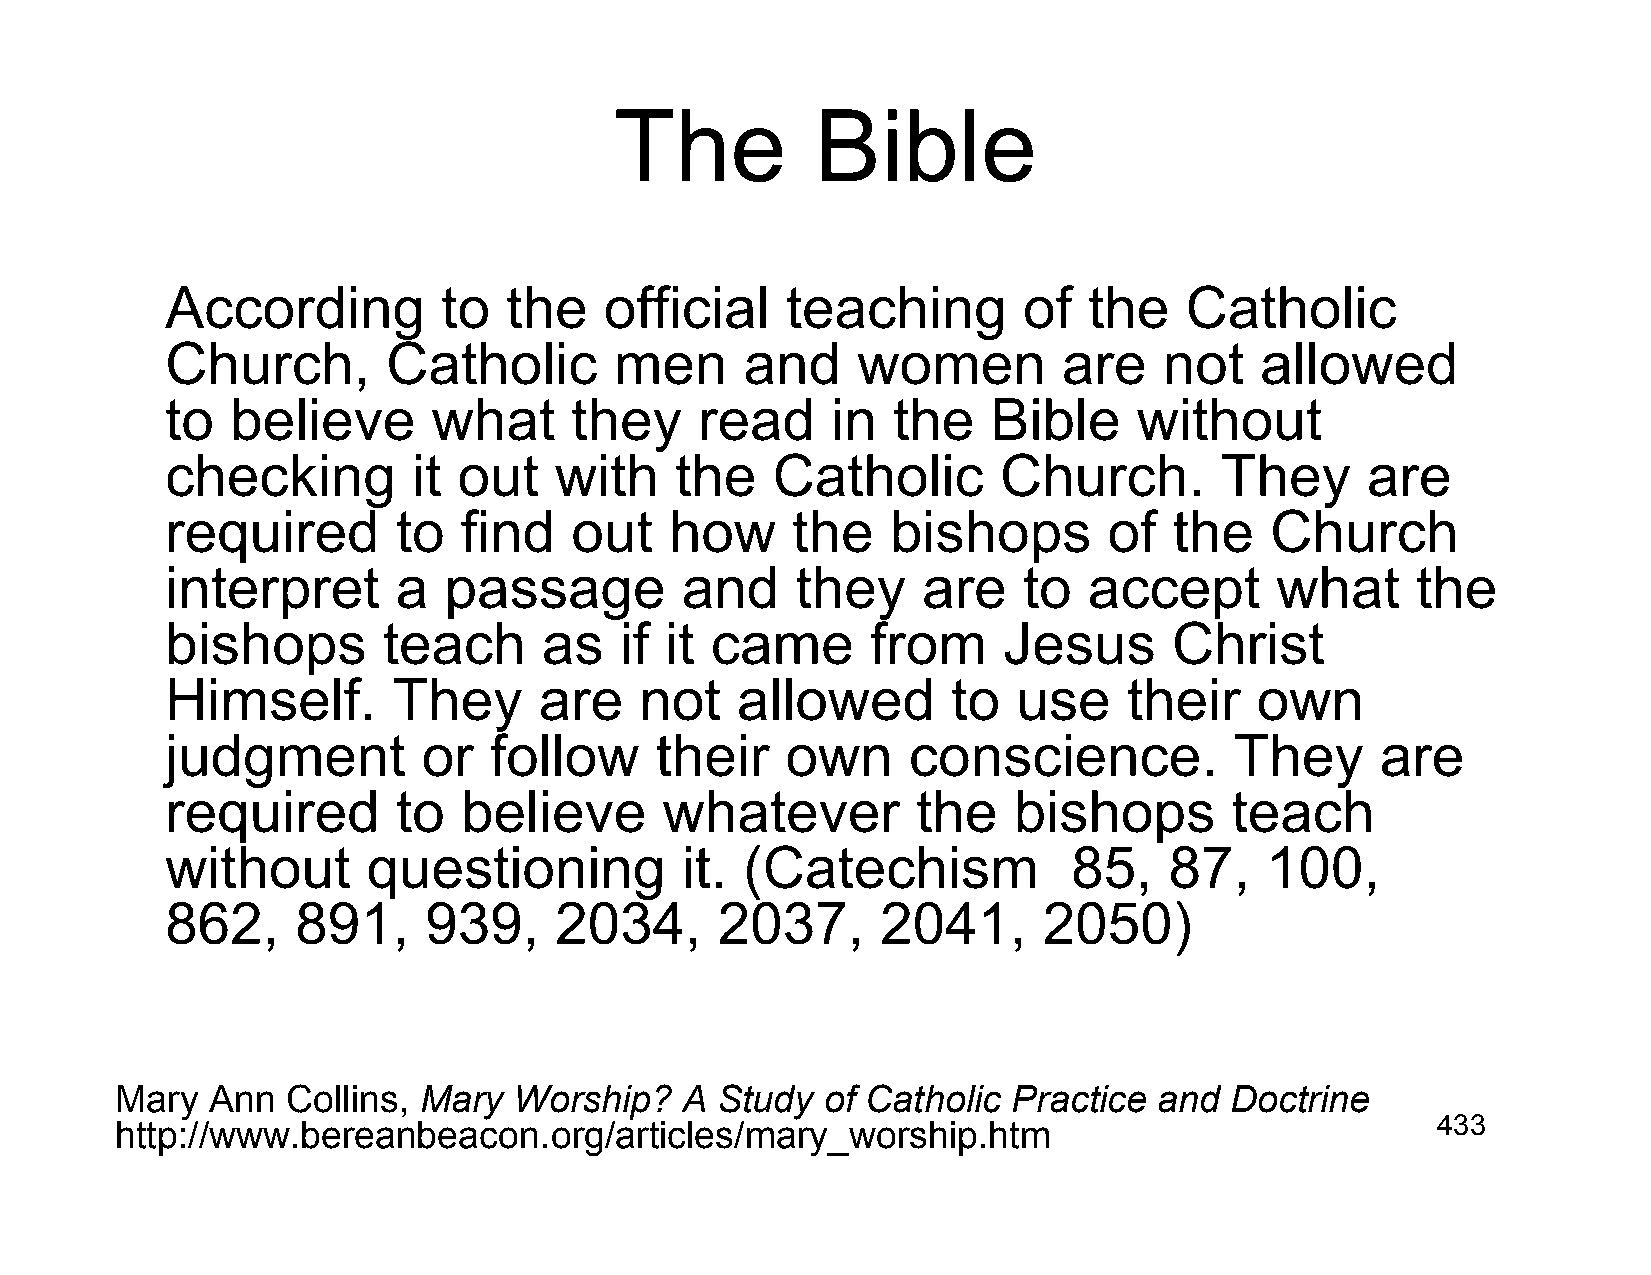
The          Bible
 According         to   the   official    teaching        of  the   Catholic
 Church,        Catholic       men     and     women        are    not   allowed
 to  believe       what     they    read     in  the    Bible    without
 checking        it out    with    the   Catholic       Church.        They     are
 required       to   find   out   how     the    bishops       of   the   Church
 interpret      a  passage         and     they    are    to  accept      what      the
 bishops       teach      as   if it came       from    Jesus       Christ
 Himself.       They      are   not    allowed       to  use     their   own
 judgment         or  follow     their    own     conscience.           They     are
 required       to   believe      whatever         the   bishops       teach
 without      questioning          it. (Catechism            85,   87,    100,
 862,     891,    939,     2034,     2037,      2041,      2050)
 Mary  Ann  Collins, Mary  Worship?   A Study   of Catholic Practice  and Doctrine
 http://www.bereanbeacon.org/articles/mary_worship.htm                                  433